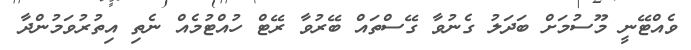
ވެއްޓޭނީ މޫސުމަށް ބަދަލު ގެނުވާ ގޭސްތައް ބޭރުވާ ރޭޓް ހުއްޓުމެއް ނެތި އިތުރުވަމުންދާ